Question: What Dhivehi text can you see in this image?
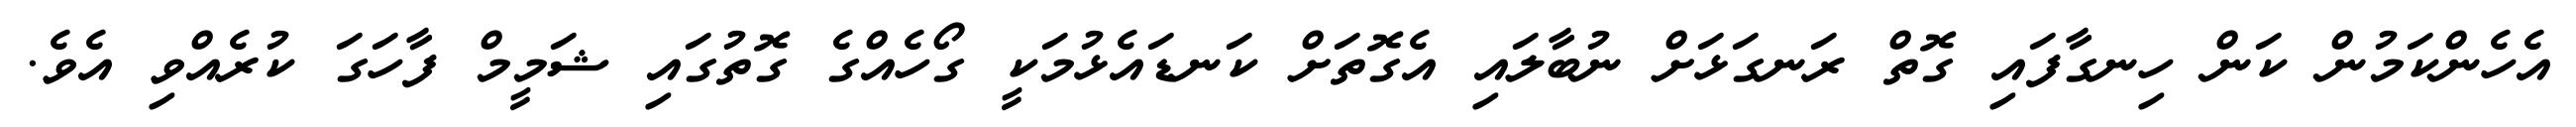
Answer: އެހެންކަމުން ކަން ހިނގާފައި ގޮތް ރަނގަޅަށް ނުބާލައި އެގޮތަށް ކަނޑައެޅުމަކީ ގޯހެއްގެ ގޮތުގައި ޝަމީމް ފާހަގަ ކުރެއްވި އެވެ.